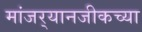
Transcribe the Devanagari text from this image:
मांजर्‍यानजीकच्या